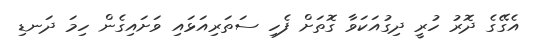
އެގޭގެ ދޮރު ހުރީ ދިގުއަކަވާ ގޮތަށް ފެހި ސަތަރިއަޅައި ވަށައިގެން ހިމަ ދަނޑި